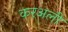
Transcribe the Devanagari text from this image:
करअली